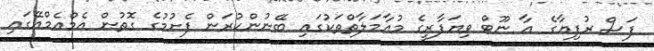
ފަސް ރުފިޔާގެ އާ ނޫޓް ވިޔަފާރީގެ މުއާމަލާތްތަކުގައި ބޭނުންކުރަން ފެށުމުގެ ގޮތުން އެމްއެމްއޭގައި